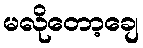
မလိုတော့ချေ